Reports on dispensaries and lunatic asylums in the Province of Oudh - 1869-1876
Year: 1869
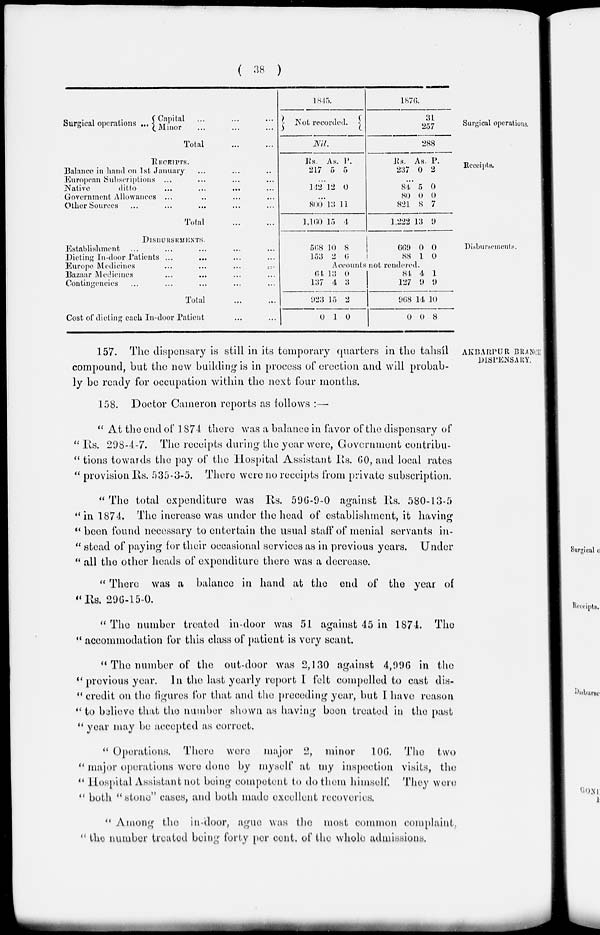
( 38 )
Surgical operations.
Surgical operations ...
Capital
...
...
...
Minor
...
...
...
Total
...
...
1845.
Not recorded.
Nil.
1876.
31
257
288
Receipts.
RECEIPTS.
Balance in hand on 1st January ... ... ...
European Subscriptions ... ... ... ...
Native
ditto ... ... ... ...
Government Allowances ... ... ... ...
Other Sources ... ... ... ... ...
Total ... ...
Rs.
217
As.
5
P.
5
...
142 12 0
...
800
1,160
13
15
11
4
Rs.
237
As.
0
P.
2
...
84
80
821
1,222
5
0
8
13
0
0
7
9
Disbursements.
DISBURSEMENTS.
Establishment ... ... ... ... ...
Dieting In-door Patients ... ... ... ...
Europe Medicines
...
...
... ...
Bazaar Medicines ... ... ... ...
Contingencies ... ... ... ... ...
Total
...
...
Cost of dieting each In-door Patient ... ...
568
153
10
2
8
6
669
88
0
1
0
0
Accounts not rendered.
64
137
923
0
13
4
15
1
0
3
2
0
84
127
968
0
4
9
14
0
1
9
10
8
AKBARPUR BRANCH
DISPENSARY.
157. The dispensary is still in its temporary quarters in the tahsíl
compound, but the new building is in process of erection and will probab-
ly be ready for occupation within the next four months.
158. Doctor Cameron reports as follows :—
" At the end of 1874 there was a balance in favor of the dispensary of
" Rs. 298-4-7. The receipts during the year were, Government contribu-
" tions towards the pay of the Hospital Assistant Rs. 60, and local rates
" provision Its. 535-3-5. There were no receipts from private subscription.
" The total expenditure was Rs. 596-9-0 against Its. 580-13-5
" in 1874. The increase was under the head of establishment, it having
" been found necessary to entertain the usual staff of menial servants in-
" stead of paying for their occasional services as in previous years. Under
" all the other heads of expenditure there was a decrease.
" There was a balance in hand at the end of the year of
"Rs. 296-15-0.
" The number treated in-door was 51 against 45 in 1874. The
" accommodation for this class of patient is very scant.
" The number of the out-door was 2,130 against 4,996 in the
" previous year. In the last yearly report I felt compelled to cast dis-
" credit on the figures for that and the preceding year, but I have reason
" to believe that the number shown as having been treated in the past
" year may be accepted as correct.
" Operations. There were major 2, minor
106. The two
" major operations were done by myself at my inspection visits, the
" Hospital Assistant not being competent to do them himself. They were
" both " stone" cases, and both made excellent recoveries.
" Among the in-door, ague was the most common complaint,
" the number treated being forty per cent. of the whole admissions.